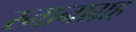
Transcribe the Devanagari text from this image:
स्नानाग्रह